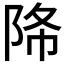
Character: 𨹓